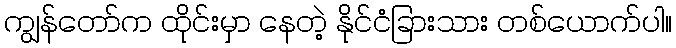
ကျွန်တော်က ထိုင်းမှာ နေတဲ့ နိုင်ငံခြားသား တစ်ယောက်ပါ။